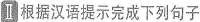
Ⅱ根据汉语提示完成下列句子